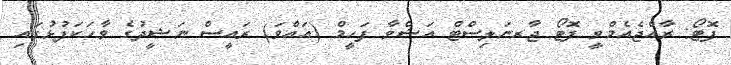
ފޮޓޯ: ރާއްޖެއެމްވީ ފޮޓޯ ޖާރނަލިސްޓް އަޝްވާ ފަހީމް (އައްވަ) ރައީސް ނަޝީދުގެ ވާހަކަފުޅުގައި